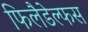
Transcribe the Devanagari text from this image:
फिलैडेल्फस